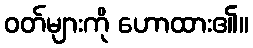
ဝတ်များကို ဟောထား၏။